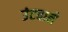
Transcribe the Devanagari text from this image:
उंटवाले